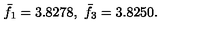
\bar { f } _ { 1 } = 3 . 8 2 7 8 , \ \bar { f } _ { 3 } = 3 . 8 2 5 0 .